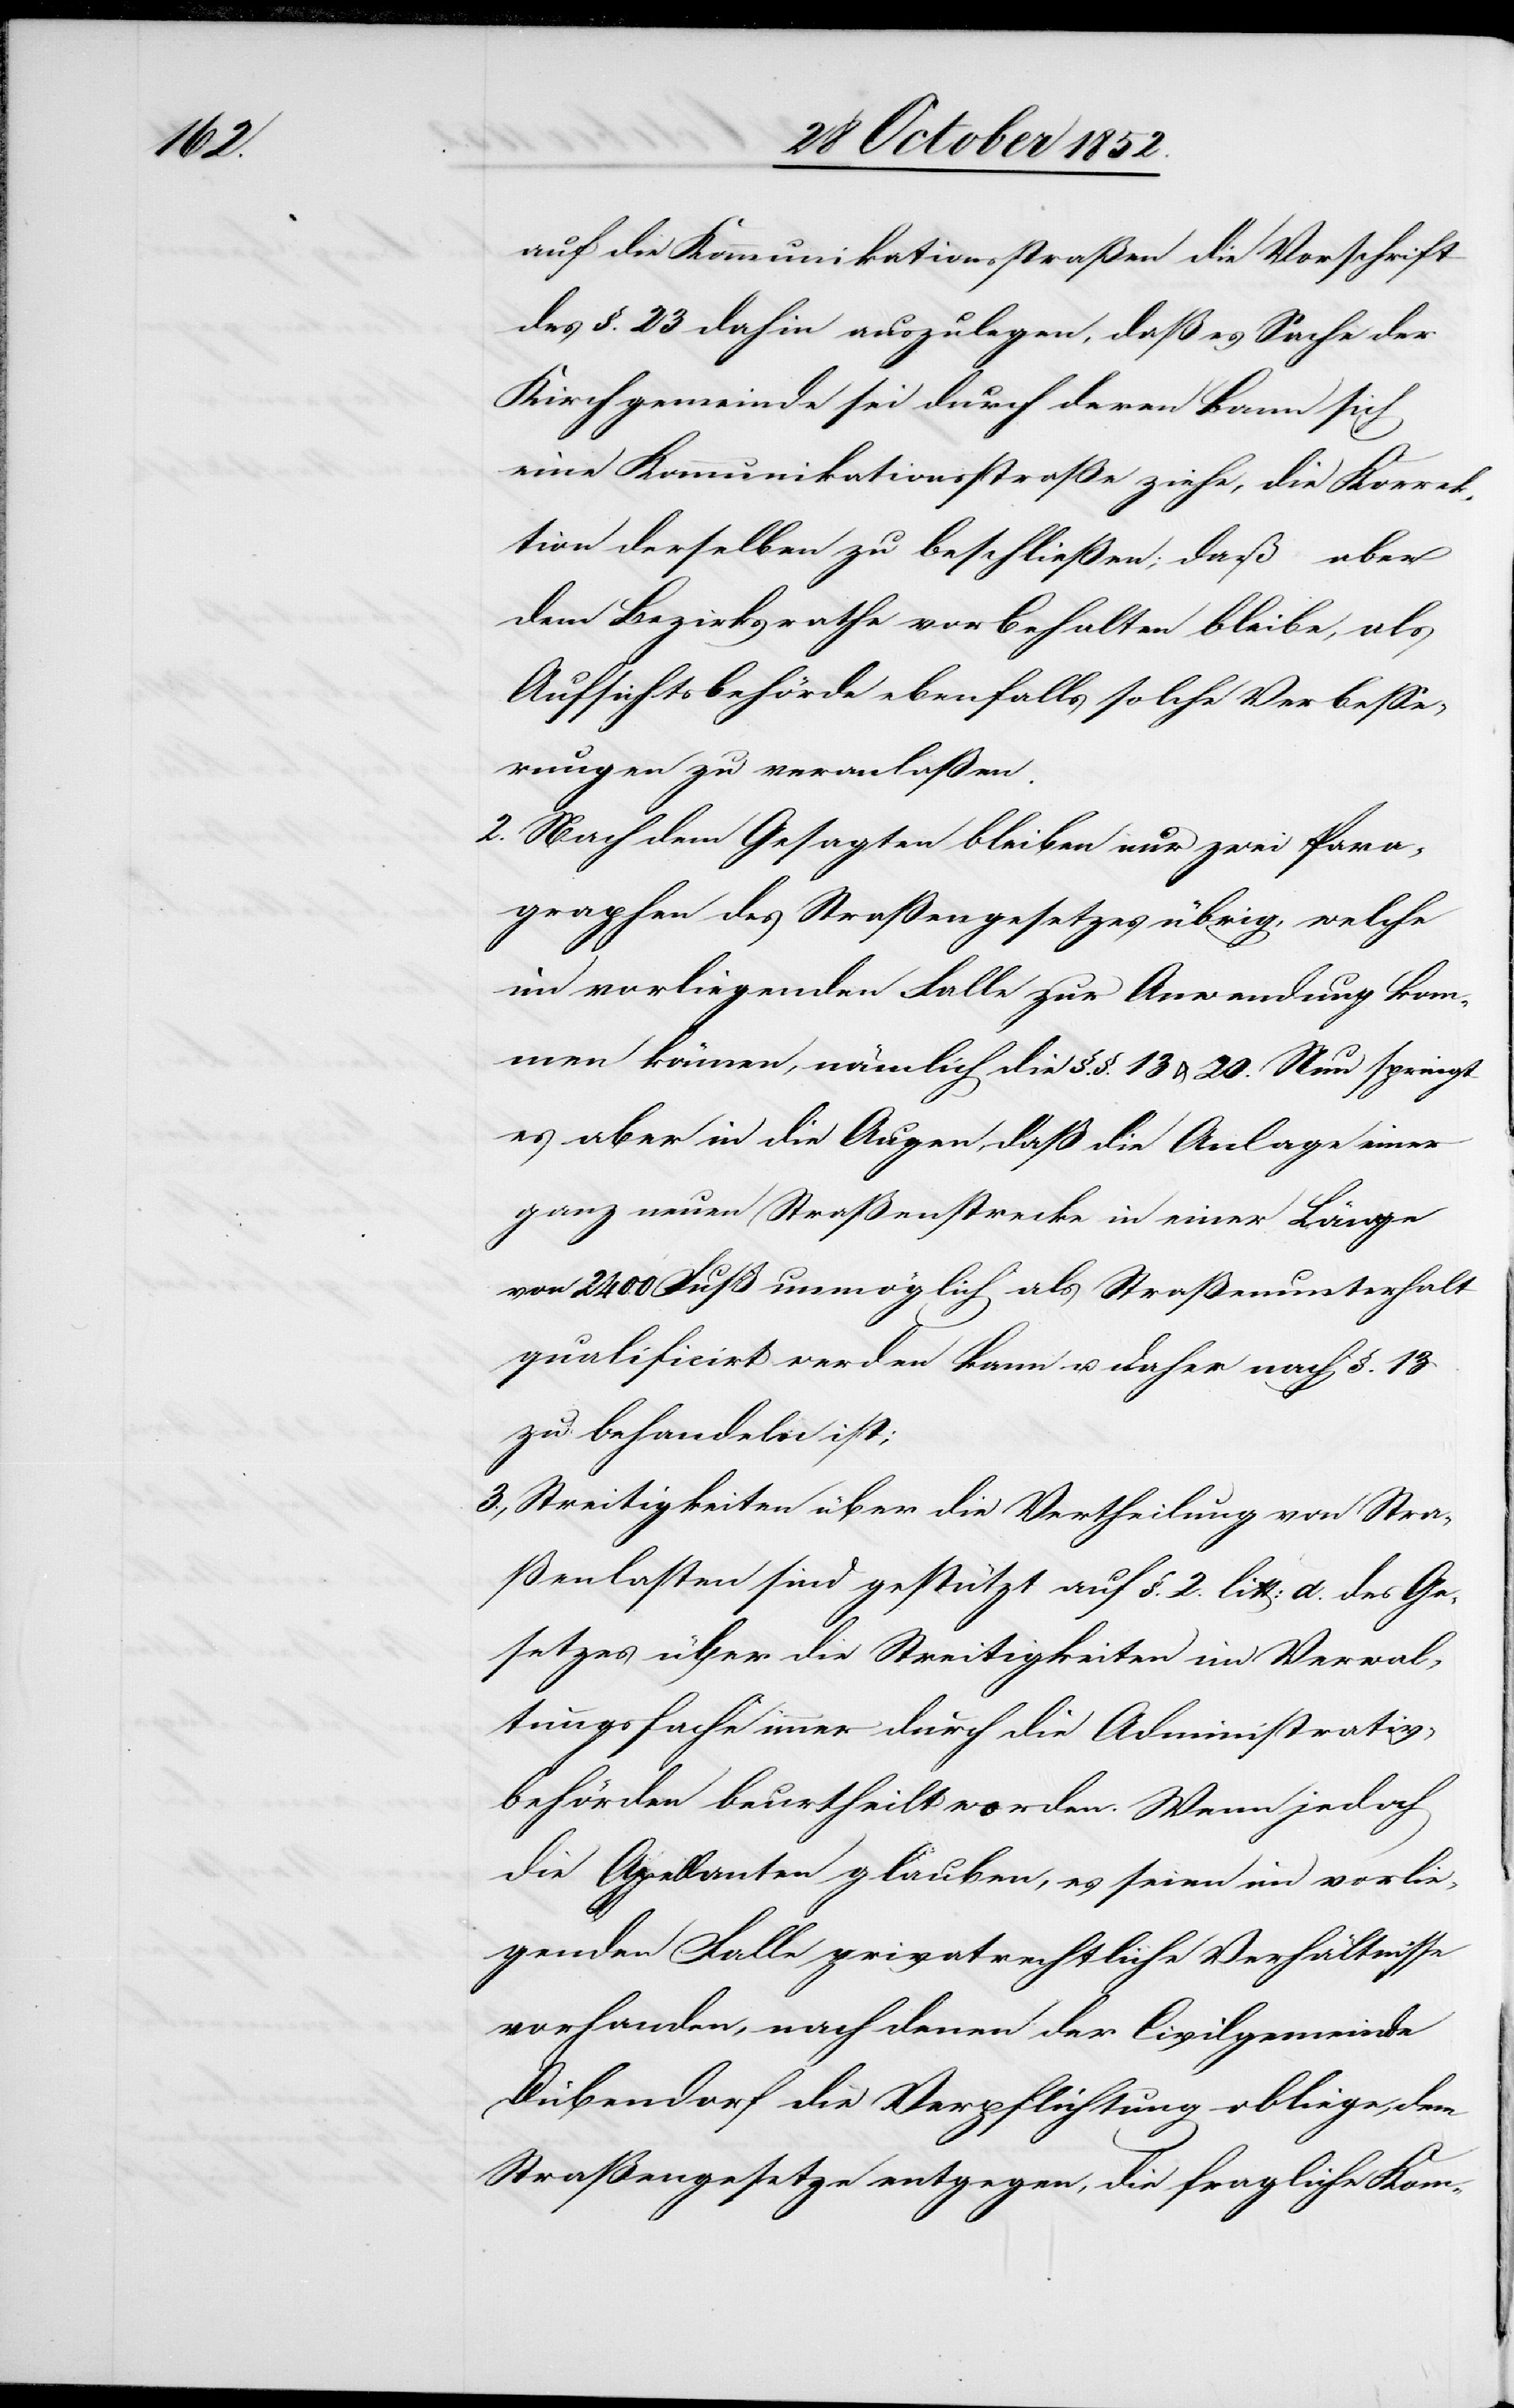
2.

auf die Kommunikationsstraßen die Vorschrift
des §. 23 dahin auszulegen, daß es Sache der
Kirchgemeinde sei durch deren Bann sich
eine Kommunikationsstraße ziehe, die Korrek¬
tion derselben zu beschließen; daß aber
dem Bezirksrathe vorbehalten bleibe, als
Aufsichtsbehörde ebenfalls solche Verbesse¬
rungen zu veranlaßen.
Nach dem Gesagten bleiben nur zwei Para¬
graphen des Straßengesetzes übrig, welche
im vorliegenden Falle zur Anwendung kom¬
men können, nämlich die §.§. 13 & 20. Nun springt
es aber in die Augen daß die Anlage einer
ganz neuen Straßenstrecke in einer Länge
von 2400 Fuß unmöglich als Straßenunterhalt
qualificirt werden kann u. daher nach §. 13
zu behandeln ist;
Streitigkeiten über die Vertheilung von Stra¬
ßenlasten sind gestützt auf §. 2. litt: d. des Ge¬
setzes über die Streitigkeiten im Verwal¬
tungsfache immer durch die Administrativ¬
behörden beurtheilt worden. Wenn jedoch
die Appellanten glauben, es seien im vorlie¬
genden Falle privatrechtliche Verhältnisse
vorhanden, nach denen der Civilgemeinde
Dübendorf die Verpflichtung obliege, dem
Straßengesetze entgegen, die fragliche Kom-